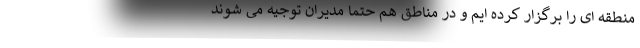
منطقه ای را برگزار کرده ایم و در مناطق هم حتما مدیران توجیه می شوند